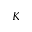
K